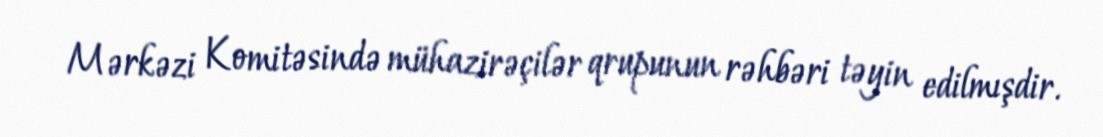
Mərkəzi Komitəsində mühazirəçilər qrupunun rəhbəri təyin edilmışdir.